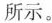
所示。